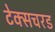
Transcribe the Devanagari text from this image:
टेक्सचरड